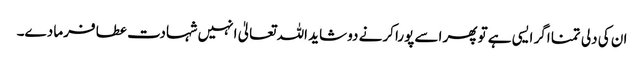
ان کی دلی تمنا اگر ایسی ہے تو پھر اسے پورا کرنے دو شاید اللہ تعالیٰ انہیں شہادت عطا فرما دے۔